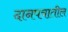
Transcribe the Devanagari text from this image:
दानपत्रातील